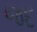
જદ